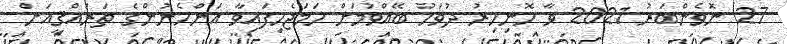
27 ނޮވެންބަރު 2021 ވާ ހޮނިހިރު ދުވަހު ބޭއްވުމަށް ހަމަޖެހިފައިވާ އަންހެނުންގެ ތަރައްޤީއަށް